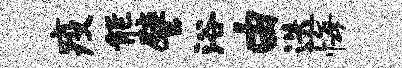
疫能譬浴由迭悔